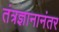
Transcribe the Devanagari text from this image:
तंत्रज्ञानानंतर